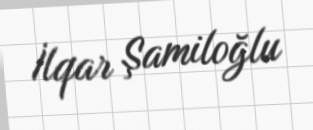
İlqar Şamiloğlu